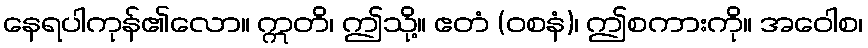
နေရပါကုန်၏လော။ ဣတိ၊ ဤသို့။ ဧတံ (ဝစနံ)၊ ဤစကားကို။ အဝေါစ၊